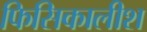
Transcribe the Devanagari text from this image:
फिसिकालीश